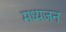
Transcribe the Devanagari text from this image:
मध्यजन